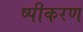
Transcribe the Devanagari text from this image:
ष्पीकरण